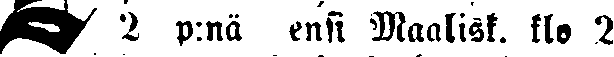
# 2 p:nä mi Maalisk. klo 2